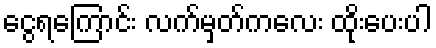
ငွေရကြောင်း လက်မှတ်ကလေး ထိုးပေးပါ